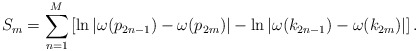
\begin{align*}S_m=\sum_{n=1}^M \left[\ln|\omega(p_{2n-1})-\omega(p_{2m})|-\ln|\omega(k_{2n-1})-\omega(k_{2m})|\right].\end{align*}